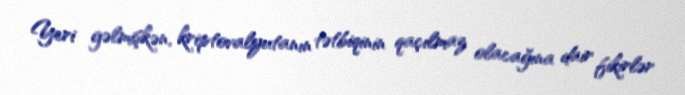
Yeri gəlmişkən, kriptovalyutanın tətbiqinin qaçılmaz olacağına dair fikirlər